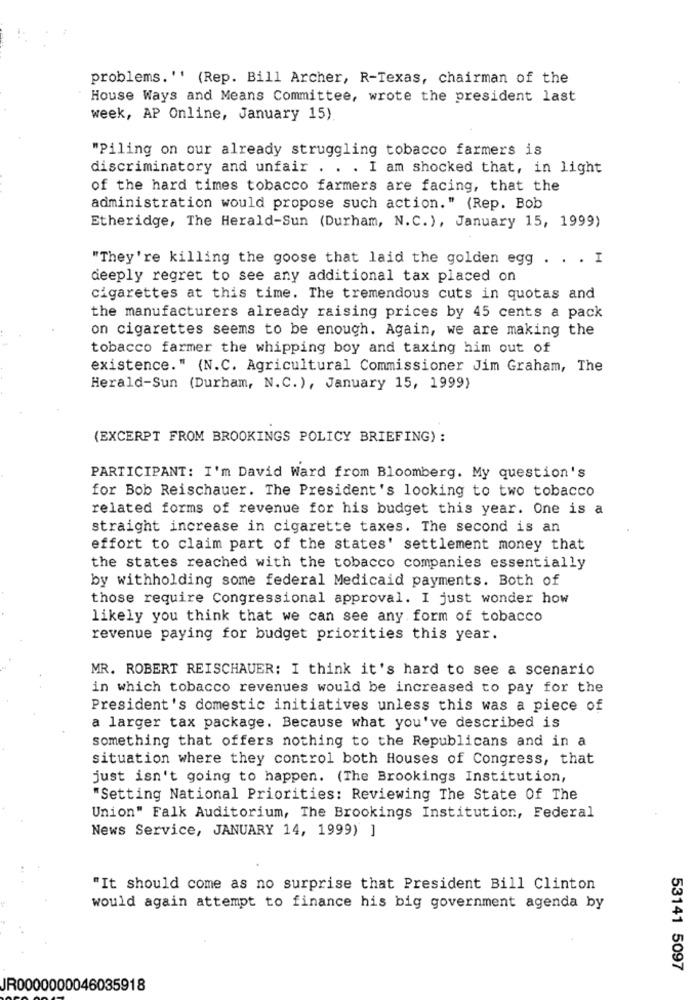
problems. '' (Rep. Bill Archer, R-Texas, chairman of the
House Ways and Means Committee, wrote the president last
week, AP Online, January 15).
"Piling on our already struggling tobacco farmers is
discriminatory and unfair . . . I am shocked that, in light
of the hard times tobacco farmers are facing, that the
administration would propose such action." (Rep. Bob
Etheridge, The Herald-Sun (Durham, N.C.), January 15, 1999)
"They're killing the goose that laid the golden egg . . . I
deeply regret to see any additional tax placed on
cigarettes at this time. The tremendous cuts in quotas and
the manufacturers already raising prices by 45 cents a pack
on cigarettes seems to be enough. Again, we are making the
tobacco farmer the whipping boy and taxing him out of
existence." (N.C. Agricultural Commissioner Jim Graham, The
Herald-Sun (Durham, N.C.), January 15, 1999)
(EXCERPT FROM BROOKINGS POLICY BRIEFING) :
PARTICIPANT: I'm David Ward from Bloomberg. My question's
for Bob Reischauer. The President's looking to two tobacco
related forms of revenue for his budget this year. One is a
straight increase in cigarette taxes. The second is an
effort to claim part of the states' settlement money that
the states reached with the tobacco companies essentially
by withholding some federal Medicaid payments. Both of
those require Congressional approval. I just wonder how
likely you think that we can see any form of tobacco
revenue paying for budget priorities this year.
MR. ROBERT REISCHAUER: I think it's hard to see a scenario
in which tobacco revenues would be increased to pay for the
President's domestic initiatives unless this was a piece of
a larger tax package. Because what you've described is
something that offers nothing to the Republicans and in a
situation where they control both Houses of Congress, that
just isn't going to happen. (The Brookings Institution,
"Setting National Priorities: Reviewing The State Of The
Union" Falk Auditorium, The Brookings Institution, Federal
News Service, JANUARY 14, 1999) ]
"It should come as no surprise that President Bill Clinton
would again attempt to finance his big government agenda by
53141 5097
JR0000000046035918